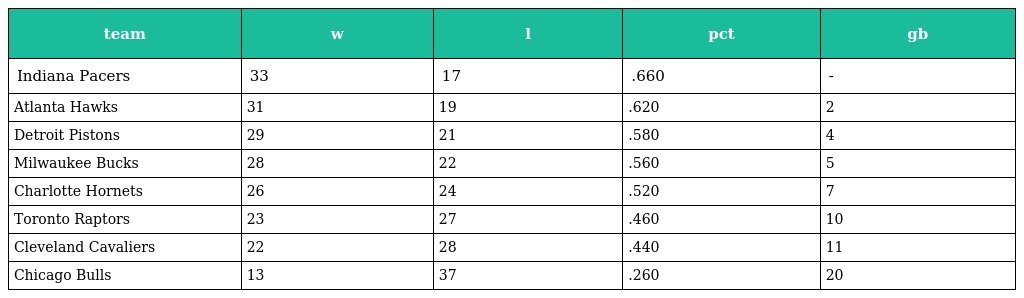
| team | w | l | pct | gb |
 | --- | --- | --- | --- | --- |
 | Indiana Pacers | 33 | 17 | .660 | - |
 | Atlanta Hawks | 31 | 19 | .620 | 2 |
 | Detroit Pistons | 29 | 21 | .580 | 4 |
 | Milwaukee Bucks | 28 | 22 | .560 | 5 |
 | Charlotte Hornets | 26 | 24 | .520 | 7 |
 | Toronto Raptors | 23 | 27 | .460 | 10 |
 | Cleveland Cavaliers | 22 | 28 | .440 | 11 |
 | Chicago Bulls | 13 | 37 | .260 | 20 |